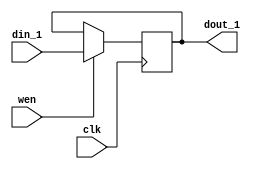
module sh_reg_1 (clk, wen, din_1, dout_1);
   input clk; 
   input wen; 
   input[8 - 1:0] din_1; 
   output[8 - 1:0] dout_1; 
   reg[8 - 1:0] dout_1;
   always @(posedge clk)
   begin
         if (wen == 1'b1)
         begin
            dout_1 <= din_1 ; 
         end 
   end 
endmodule